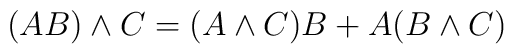
(AB) \wedge C = (A \wedge C)B + A(B \wedge C)